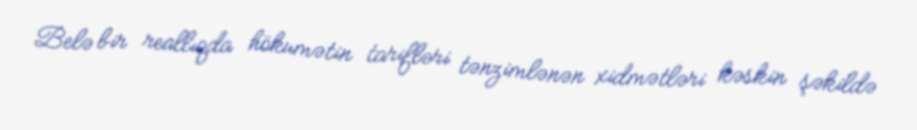
Belə bir reallıqda hökumətin tarifləri tənzimlənən xidmətləri kəskin şəkildə